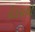
દીકરાથી